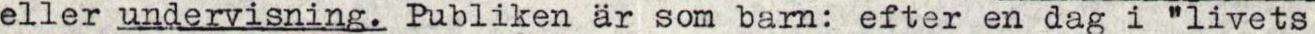
eller undervisning. Publiken är som barn: efter en dag i "livets